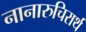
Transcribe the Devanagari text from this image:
नानारुचिरार्थ